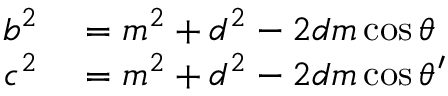
\begin{array} { r l } { b ^ { 2 } } & { { } = m ^ { 2 } + d ^ { 2 } - 2 d m \cos \theta } \\ { c ^ { 2 } } & { { } = m ^ { 2 } + d ^ { 2 } - 2 d m \cos \theta ^ { \prime } } \end{array}